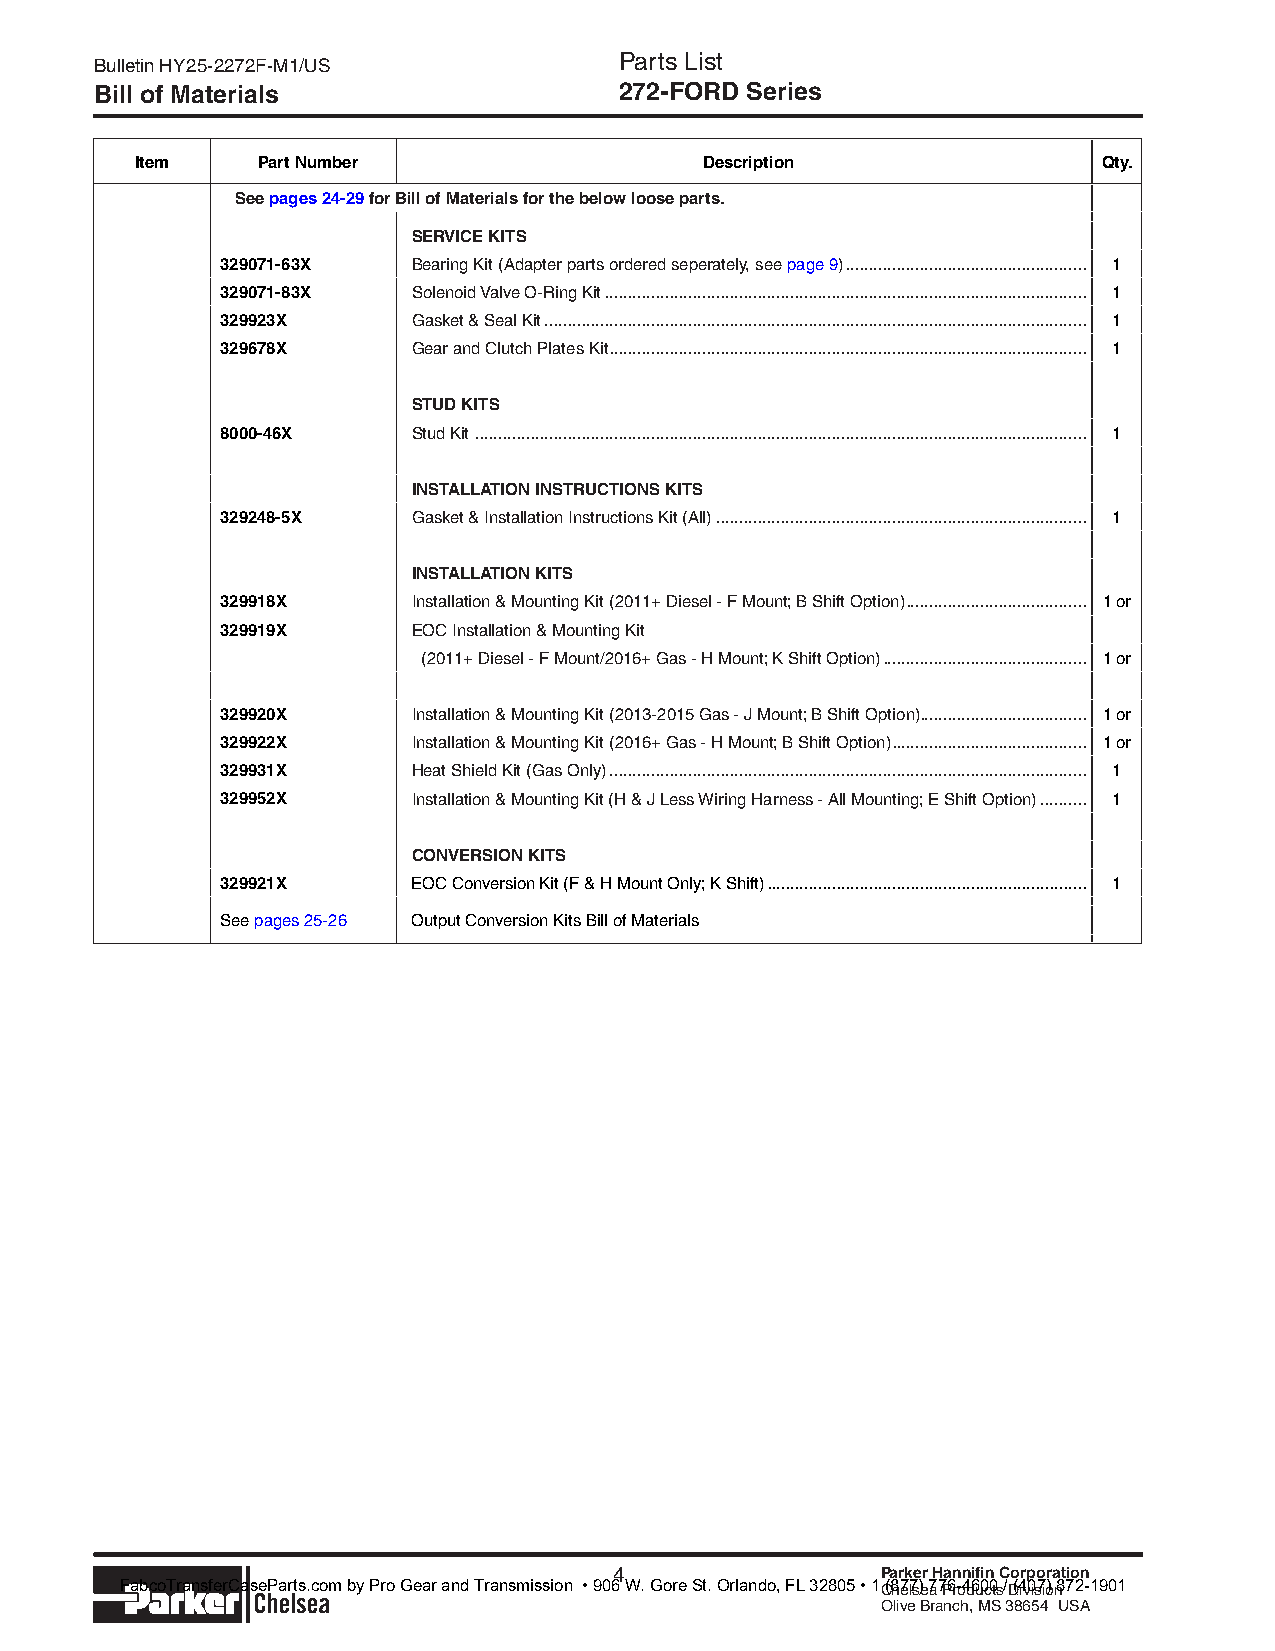
Parts List
 Bulletin HY25-2272F-M1/US
 Bill of Materials                  272-FORD Series
 Item    Part Number                   Description               Qty.
 See pages 24-29 for Bill of Materials for the below loose parts.
 SERVICE KITS
 329071-63X  Bearing Kit (Adapter parts ordered seperately, see page 9) .................................................... 1
 329071-83X  Solenoid Valve O-Ring Kit ........................................................................................................ 1
 329923X     Gasket & Seal Kit ..................................................................................................................... 1
 329678X     Gear and Clutch Plates Kit ....................................................................................................... 1
 STUD KITS
 8000-46X    Stud Kit .................................................................................................................................... 1
 INSTALLATION INSTRUCTIONS KITS
 329248-5X   Gasket & Installation Instructions Kit (All) ................................................................................ 1
 INSTALLATION KITS
 329918X     Installation & Mounting Kit (2011+ Diesel - F Mount; B Shift Option) ....................................... 1 or
 329919X     EOC Installation & Mounting Kit
 (2011+ Diesel - F Mount/2016+ Gas - H Mount; K Shift Option) ............................................ 1 or
 329920X     Installation & Mounting Kit (2013-2015 Gas - J Mount; B Shift Option) .................................... 1 or
 329922X     Installation & Mounting Kit (2016+ Gas - H Mount; B Shift Option) .......................................... 1 or
 329931X     Heat Shield Kit (Gas Only) ....................................................................................................... 1
 329952X     Installation & Mounting Kit (H & J Less Wiring Harness - All Mounting; E Shift Option) .......... 1
 CONVERSION KITS
 329921X     EOC Conversion Kit (F & H Mount Only; K Shift) ..................................................................... 1
 See pages 25-26 Output Conversion Kits Bill of Materials
 4                Parker Hannifin Corporation
 Parker  lchelsea                                  Chelsea Products Division
 Olive Branch, MS 38654 USA